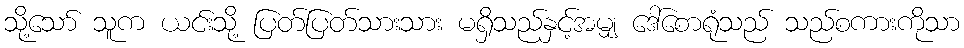
သို့သော် သူက ယင်းသို့ ပြတ်ပြတ်သားသား မရှိသည်နှင့်အမျှ ဒေါ်စောရုံသည် သည်စကားကိုသာ